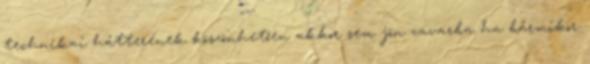
technikai hátterének köszönhetően akkor sem jön zavarba ha bármikor